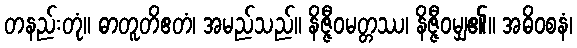
တနည်းတုံ။ ဓာတူတိဧတံ၊ အမည်သည်။ နိဇ္ဇီဝမတ္တဿ၊ နိဇ္ဇီဝမျှ၏။ အဓိဝစနံ၊